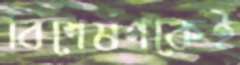
বিশেষণকেই